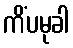
ကိံပမုခါ